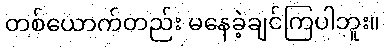
တစ်ယောက်တည်း မနေခဲ့ချင်ကြပါဘူး။